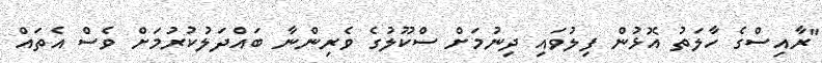
"ރާއިސްގެ ހާލަތު އޮޅުން ފިލުވައި ދިނުމަށް ސްކޫލުގެ ވެރިންނާ ބައްދަލުކުރުމަށް ވެސް އެތައް